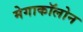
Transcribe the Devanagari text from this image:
मेगाकॉलोन